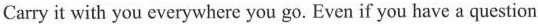
Carry it with you everywhere you go. Even if you have a question